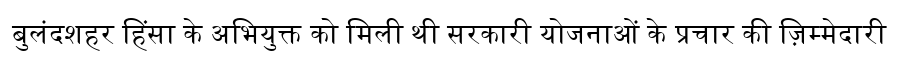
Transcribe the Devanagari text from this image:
बुलंदशहर हिंसा के अभियुक्त को मिली थी सरकारी योजनाओं के प्रचार की ज़िम्मेदारी